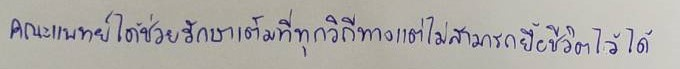
คณะแพทย์ได้ช่วยรักษาเต็มที่ทุกวิถีทางแต่ไม่สามารถยื้อชีวิตไว้ได้